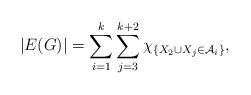
LaTeX: \begin{align*}|E(G)|=\sum_{i=1}^k\sum_{j=3}^{k+2}\chi_{\{X_2\cup X_j\in \mathcal{A}_i\}},\end{align*}